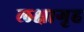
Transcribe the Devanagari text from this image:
लक्षागृह